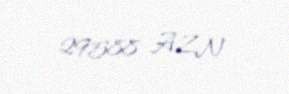
29588 AZN